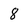
Character: 8